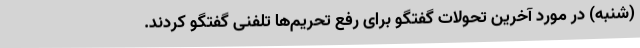
(شنبه) در مورد آخرین تحولات گفتگو برای رفع تحریم‌ها تلفنی گفتگو کردند.